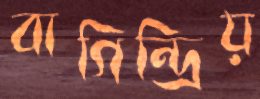
বাগিন্দ্রিয়